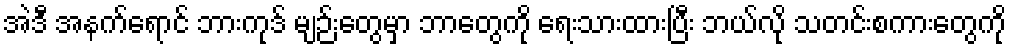
အဲဒီ အနက်ရောင် ဘားကုဒ် မျဉ်းတွေမှာ ဘာတွေကို ရေးသားထားပြီး ဘယ်လို သတင်းစကားတွေကို